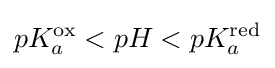
pK_{a}^{\rm {ox}}<pH<pK_{a}^{\rm {red}}